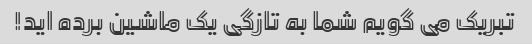
تبریک می گویم شما به تازگی یک ماشین برده اید!